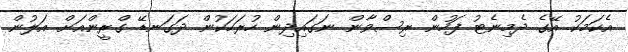
އެކަމަކު އޭގެ ދެމިނެޓު ފަހުން ރިސްވާން ނަގައިދިން ހުރަހަކުން ދަގަނޑޭ ގްރީންއަށް އަލުން